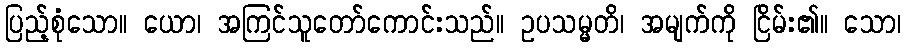
ပြည့်စုံသော။ ယော၊ အကြင်သူတော်ကောင်းသည်။ ဥပသမ္မတိ၊ အမျက်ကို ငြိမ်း၏။ သော၊